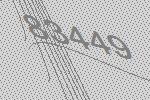
83449